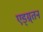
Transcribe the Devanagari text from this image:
एड्ग्र्तन